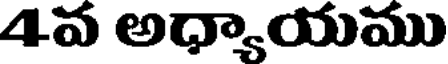
4వ అధ్యాయము